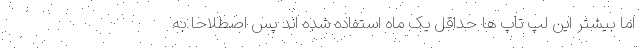
اما بیشتر این لپ تاپ ها حداقل یک ماه استفاده شده اند پس اصطلاحا به